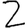
Digit: 2